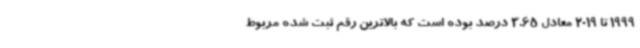
1999 تا 2019 معادل 3.65 درصد بوده است که بالاترین رقم ثبت شده مربوط